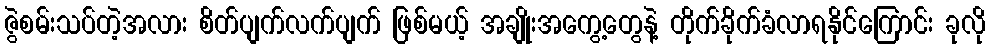
ဇွဲစမ်းသပ်တဲ့အလား စိတ်ပျက်လက်ပျက် ဖြစ်မယ့် အချိုးအကွေ့တွေနဲ့ တိုက်ခိုက်ခံလာရနိုင်ကြောင်း ခုလို